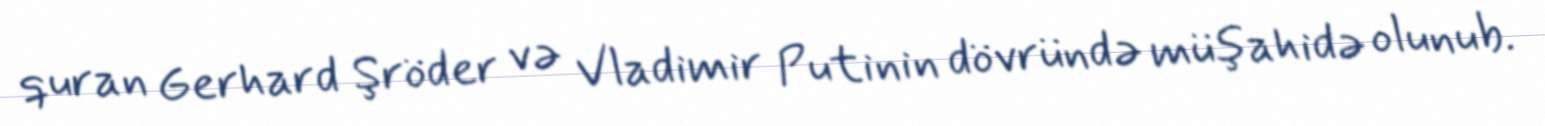
quran Gerhard Şröder və Vladimir Putinin dövründə müşahidə olunub.